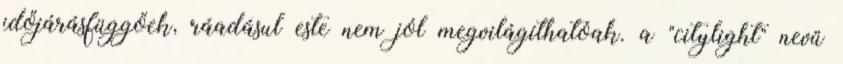
időjárásfüggőek, ráadásul este nem jól megvilágíthatóak. a "citylight" nevű